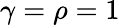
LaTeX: \gamma=\rho=1